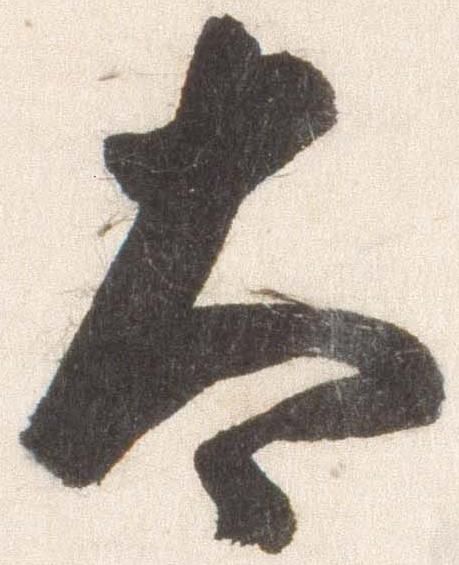
太